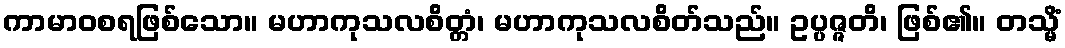
ကာမာဝစရဖြစ်သော။ မဟာကုသလစိတ္တံ၊ မဟာကုသလစိတ်သည်။ ဥပ္ပဇ္ဇတိ၊ ဖြစ်၏။ တသ္မိံ